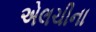
એલચીના